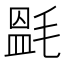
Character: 𣯎